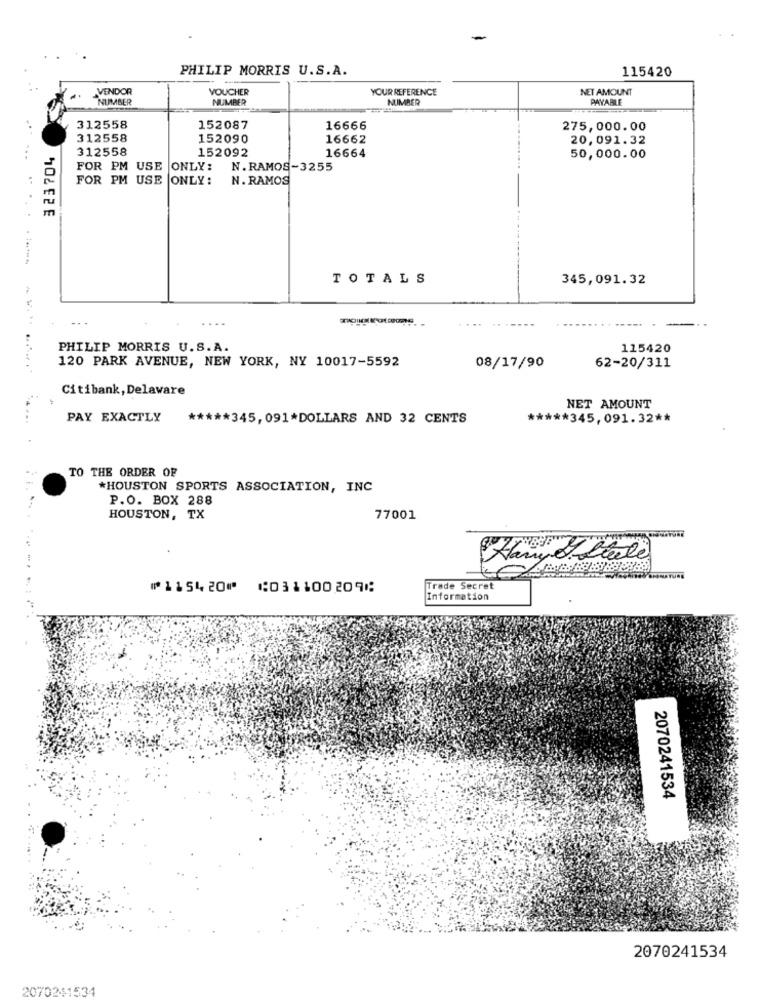
PHILIP MORRIS U.S.A.
115420
VENDOR
VOUCHER
YOUR REFERENCE
NET AMOUNT
NUMBER
NUMBER
NUMBER
PAYABLE
312558
152087
16666
275,000.00
312558
152090
16662
20,091.32
323704
312558
152092
16664
50,000.00
FOR PM USE ONLY:
N. RAMOS-3255
FOR PM USE ONLY:
N. RAMOS
TOTALS
345,091.32
...
PHILIP MORRIS U.S. A.
115420
120 PARK AVENUE, NEW YORK, NY 10017-5592
08/17/90
62-20/311
Citibank, Delaware
NET AMOUNT
PAY EXACTLY
***** 345,091*DOLLARS AND 32 CENTS
***** 345,091.32 **
TO THE ORDER OF
*HOUSTON SPORTS ASSOCIATION, INC
P.O. BOX 288
HOUSTON, TX
77001
⑈115420⑈ ⑆031100209⑆
Trade Secret
Information
2070241534
2070241534
2070241534